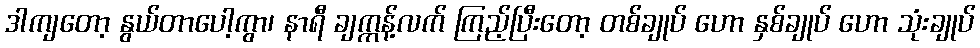
ဒါကျတော့ နွယ်တာပေါ့ကွာ၊ နာရီ ချက္ကန့်လက် ကြည့်ပြီးတော့ တစ်ချုပ် ဟော နှစ်ချုပ် ဟော သုံးချုပ်